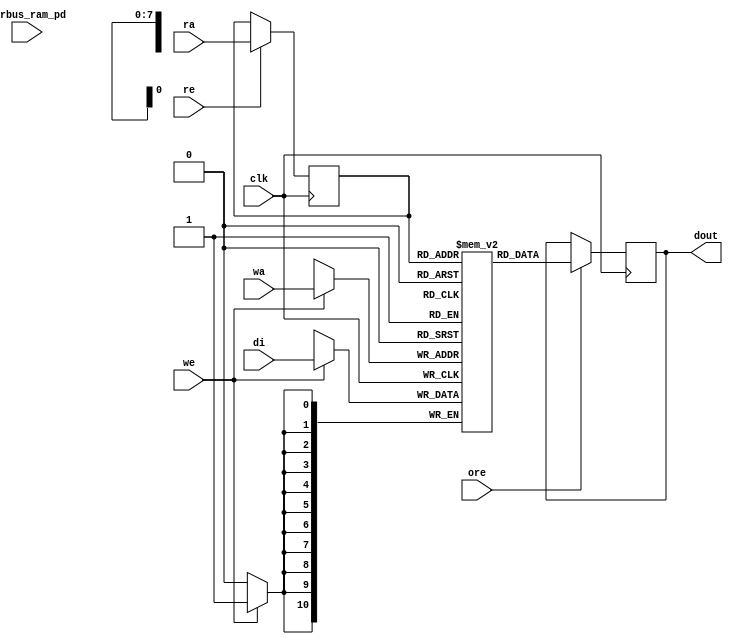
module nv_ram_rwsp_256x11 (
  clk,
  ra,
  re,
  ore,
  dout,
  wa,
  we,
  di,
  pwrbus_ram_pd
);
parameter FORCE_CONTENTION_ASSERTION_RESET_ACTIVE=1'b0;
// port list
input clk;
input [7:0] ra;
input re;
input ore;
output [10:0] dout;
input [7:0] wa;
input we;
input [10:0] di;
input [31:0] pwrbus_ram_pd;
//reg and wire list
reg [7:0] ra_d;
wire [10:0] dout;
reg [10:0] M [255:0];
always @( posedge clk ) begin
    if (we)
       M[wa] <= di;
end
always @( posedge clk ) begin
    if (re)
       ra_d <= ra;
end
wire [10:0] dout_ram = M[ra_d];
reg [10:0] dout_r;
always @( posedge clk ) begin
   if (ore)
       dout_r <= dout_ram;
end
assign dout = dout_r;
endmodule